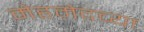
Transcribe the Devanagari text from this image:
मेहमेदच्या